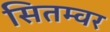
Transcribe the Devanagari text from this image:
सितम्वर